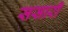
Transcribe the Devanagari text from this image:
ससारी